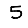
Digit: 5